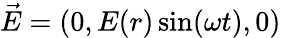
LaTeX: \vec{E}=(0,E(r)\sin(\omega t),0)